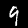
Digit: 9